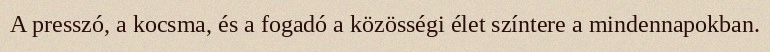
A presszó, a kocsma, és a fogadó a közösségi élet színtere a mindennapokban.